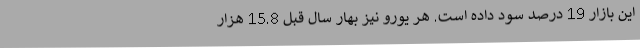
این بازار 19 درصد سود داده است. هر یورو نیز بهار سال قبل 15.8 هزار